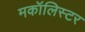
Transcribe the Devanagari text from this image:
मकॉलिस्टर